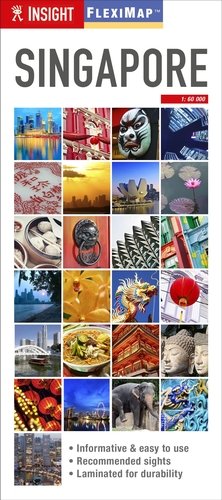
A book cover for Insight Flexi Map: Singapore; Insight Guides; Travel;